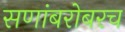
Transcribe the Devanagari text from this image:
सणांबरोबरच